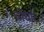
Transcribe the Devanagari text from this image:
घोंघाट